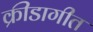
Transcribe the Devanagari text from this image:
क्रीडागीत